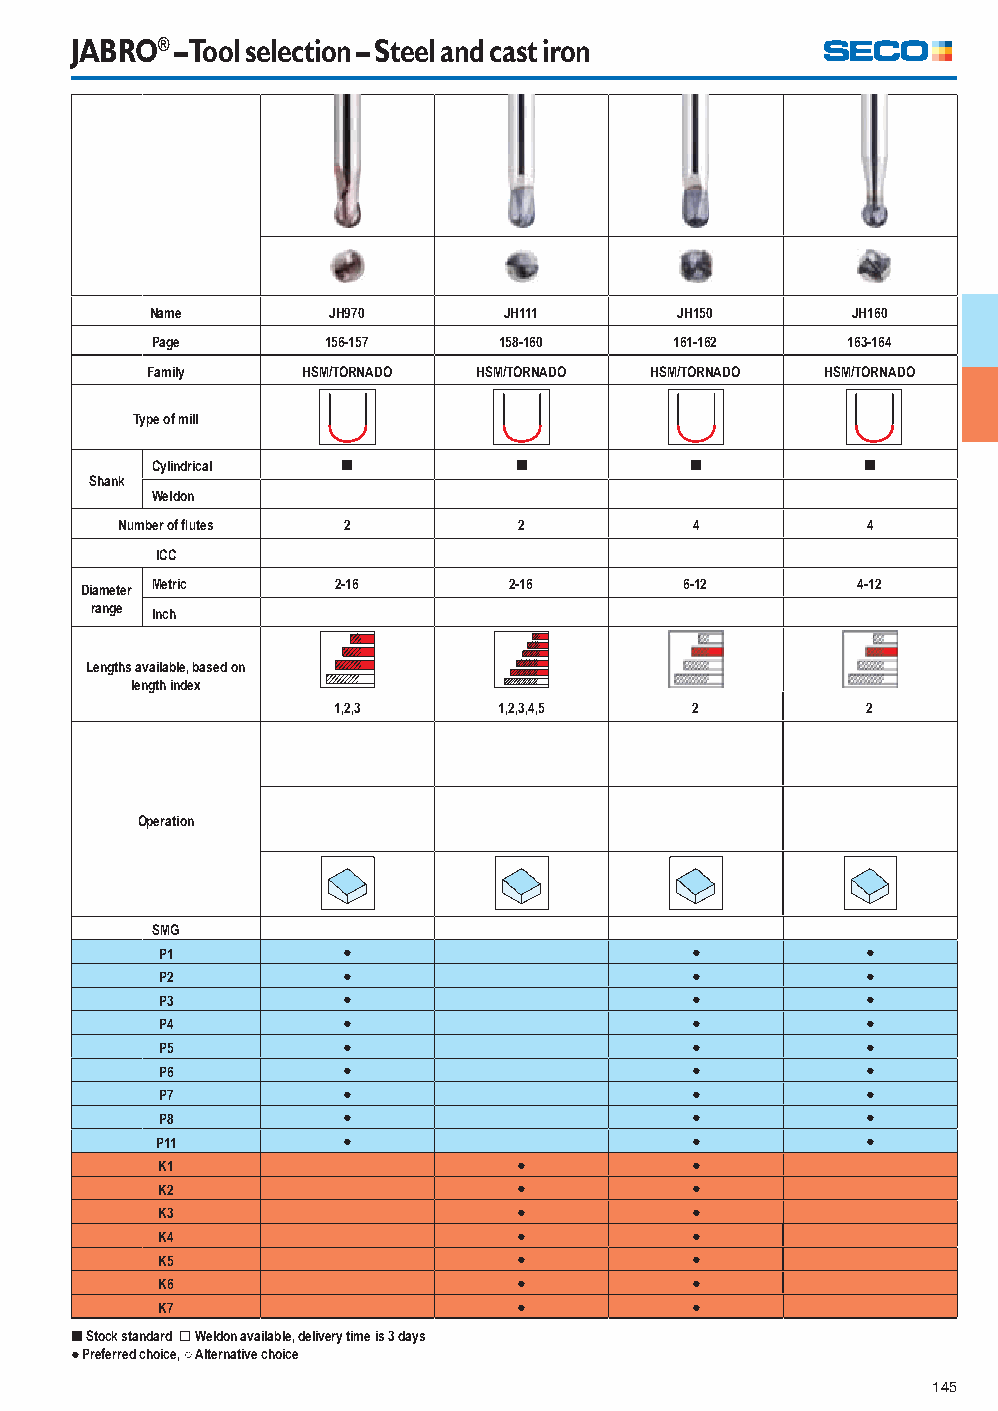
JABRO® – Tool selection – Steel and cast iron
 Name        JH970      JH111       JH150      JH160
 Page        156-157    158-160     161-162    163-164
 Family    HSM/TORNADO HSM/TORNADO HSM/TORNADO HSM/TORNADO
 Type of mill
 Cylindrical  [          [           [          [
 Shank
 Weldon
 Number of fl utes 2       2           4          4
 ICC
 Diameter Metric  2-16        2-16       6-12        4-12
 range Inch
 Lengths available, based on
 length index
 1,2,3      1,2,3,4,5    2          2
 Operation
 SMG
 P1           ●                      ●          ●
 P2           ●                      ●          ●
 P3           ●                      ●          ●
 P4           ●                      ●          ●
 P5           ●                      ●          ●
 P6           ●                      ●          ●
 P7           ●                      ●          ●
 P8           ●                      ●          ●
 P11          ●                      ●          ●
 K1                      ●           ●
 K2                      ●           ●
 K3                      ●           ●
 K4                      ●           ●
 K5                      ●           ●
 K6                      ●           ●
 K7                      ●           ●
 [ Stock standard ] Weldon available, delivery time is 3 days
 ● Preferred choice, ○ Alternative choice
 145